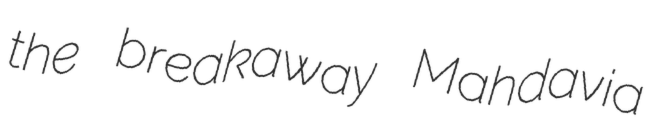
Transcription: the breakaway Mahdavia